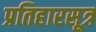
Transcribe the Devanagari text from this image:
प्रतिहारसूत्र